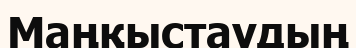
Маңқыстаудың